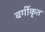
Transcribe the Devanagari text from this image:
वर्गीकृत